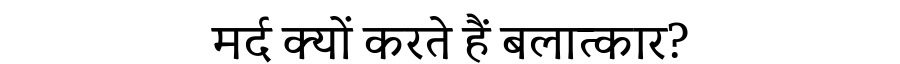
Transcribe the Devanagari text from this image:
मर्द क्यों करते हैं बलात्कार?